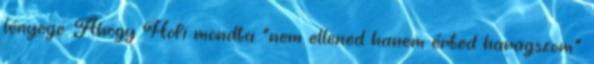
lényege. Ahogy Hofi mondta "nem ellened hanem érted haragszom".